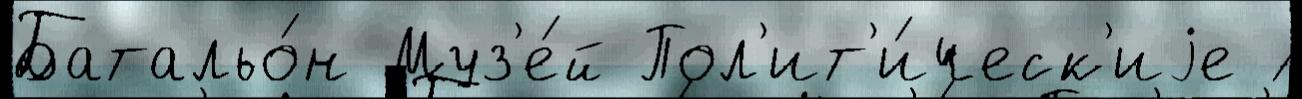
Батальо́н Муз'е́й Пол'ит'и́ческ'иjе ́